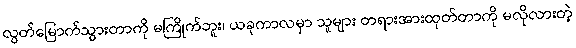
လွတ်မြောက်သွားတာကို မကြိုက်ဘူး၊ ယခုကာလမှာ သူများ တရားအားထုတ်တာကို မလိုလားတဲ့